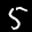
Label: 5